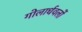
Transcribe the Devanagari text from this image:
गोलार्धवलों